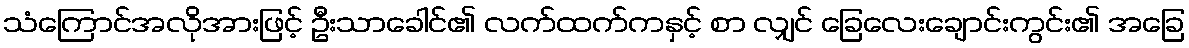
သံကြောင်အလိုအားဖြင့် ဦးသာခေါင်၏ လက်ထက်ကနှင့် စာ လျှင် ခြေလေးချောင်းကွင်း၏ အခြေ